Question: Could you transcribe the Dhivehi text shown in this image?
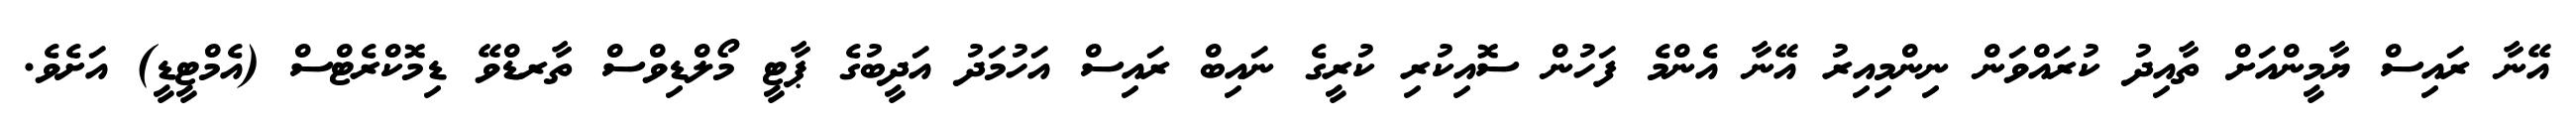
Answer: އޭނާ ރައިސް ޔާމީންއަށް ތާއިދު ކުރައްވަން ނިންމިއިރު އޭނާ އެންމެ ފަހުން ސޮއިކުރި ކުރީގެ ނައިބް ރައިސް އަހުމަދު އަދީބުގެ ޕާޓީ މޯލްޑިވްސް ތާރޑްވޭ ޑިމޮކްރެޓްސް (އެމްޓީޑީ) އަށެވެ.